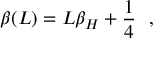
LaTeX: \beta ( L ) = L \beta _ { H } + { \frac { 1 } { 4 } } ~ ~ ,